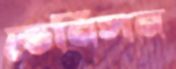
ভেনিসন